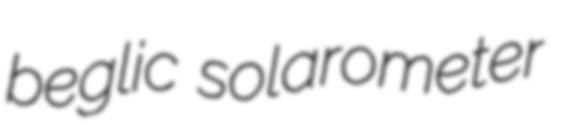
beglic solarometer